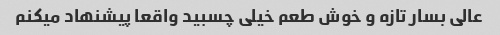
عالی بسار تازه و خوش طعم خیلی چسبید واقعا پیشنهاد میکنم